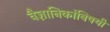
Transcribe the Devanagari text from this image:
वैज्ञानिकांविषयी